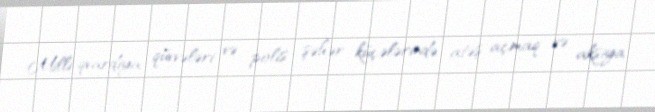
Milli qvardiya qüvvələri və polis şəhər küçələrində atəş açmaq və aksiya